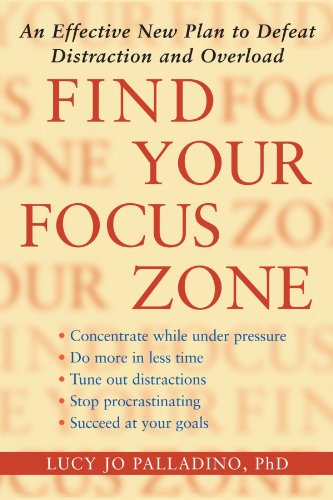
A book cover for Find Your Focus Zone: An Effective New Plan to Defeat Distraction and Overload; Lucy Jo Palladino Ph.D.; Self-Help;